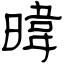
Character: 暐